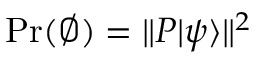
\Pr ( \varnothing ) = \Vert P | \psi \rangle \Vert ^ { 2 }